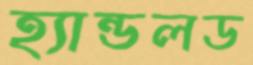
হ্যান্ডলড